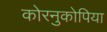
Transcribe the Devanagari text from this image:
कोरनुकोपिया